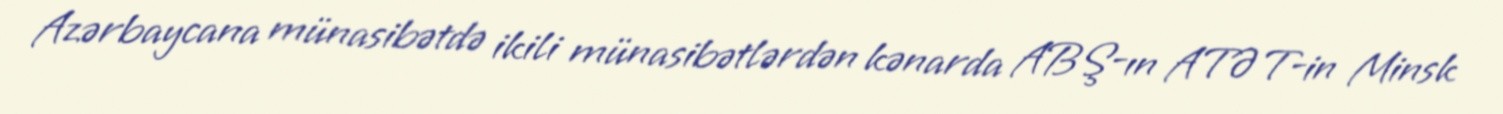
Azərbaycana münasibətdə ikili münasibətlərdən kənarda ABŞ-ın ATƏT-in Minsk